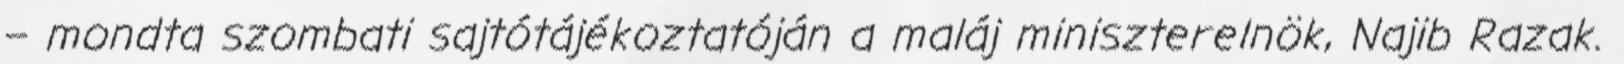
– mondta szombati sajtótájékoztatóján a maláj miniszterelnök, Najib Razak.